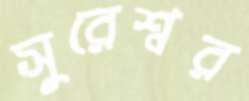
সুরেশ্বর